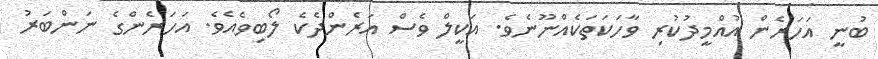
ބުނީ އަހަރެން އުއްމީދުކުރި ވާހަކަތަކެއްނޫނެވެ. އަކީލް ވެސް އަަރެންދެކެ ލޯބިވެއެވެ. އަހަރެންގެ ނަންބަރު